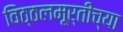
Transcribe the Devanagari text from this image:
विठ्ठलमूर्तीच्या